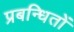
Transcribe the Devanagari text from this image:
प्रबन्धितों